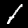
Label: 1